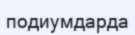
подиумдарда